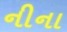
નીના